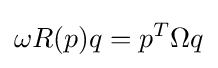
\omega R(p)q=p^{T}\Omega q